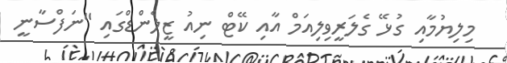
މިލިޔުމާއި ގުޅޭ ގެލަރީވިލިއަމް އާއި ކޭޓް ނިއު ޒީލެންޑްގައި "ނަފްސާނީ